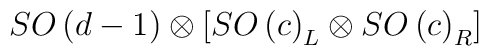
SO\left( d-1\right) \otimes \left[ SO\left( c\right) _L\otimes SO\left(c\right) _R\right]